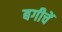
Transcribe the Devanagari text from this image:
बगीचें